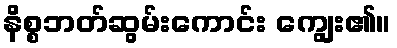
နိစ္စဘတ်ဆွမ်းကောင်း ကျွေး၏။